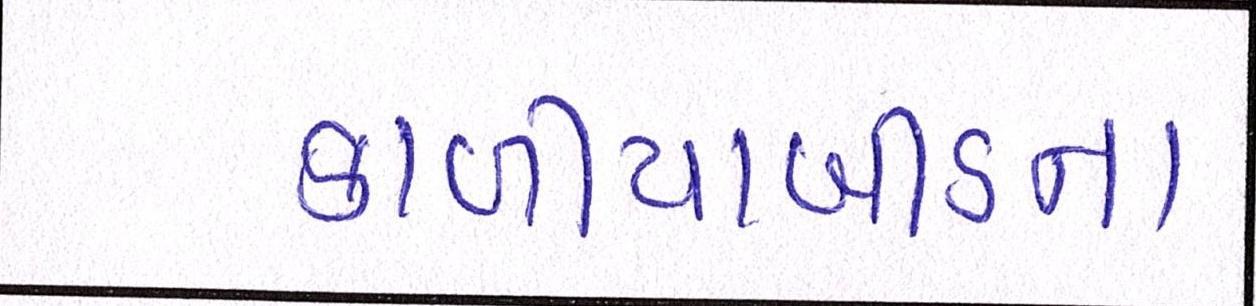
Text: કાળીયાબીડના